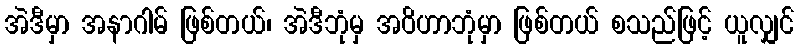
အဲဒီမှာ အနာဂါမ် ဖြစ်တယ်၊ အဲဒီဘုံမှ အဝိဟာဘုံမှာ ဖြစ်တယ် စသည်ဖြင့် ယူလျှင်